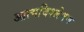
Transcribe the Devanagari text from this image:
आत्मविश्लेषण